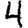
Digit: 4